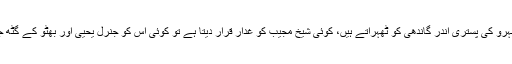
بعض دانشور اس کی ذمہ دار نہرو کی پستری اندر گاندھی کو ٹھہراتے ہیں، کوئی شیخ مجیب کو غدار قرار دیتا ہے تو کوئی اس کو جنرل یحییٰ اور بھٹو کے گٹھ جوڑ کا شا خسانہ قرار دیتا ہے۔